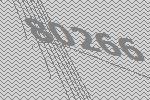
80266